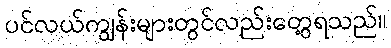
ပင်လယ်ကျွန်းများတွင်လည်းတွေ့ရသည်။